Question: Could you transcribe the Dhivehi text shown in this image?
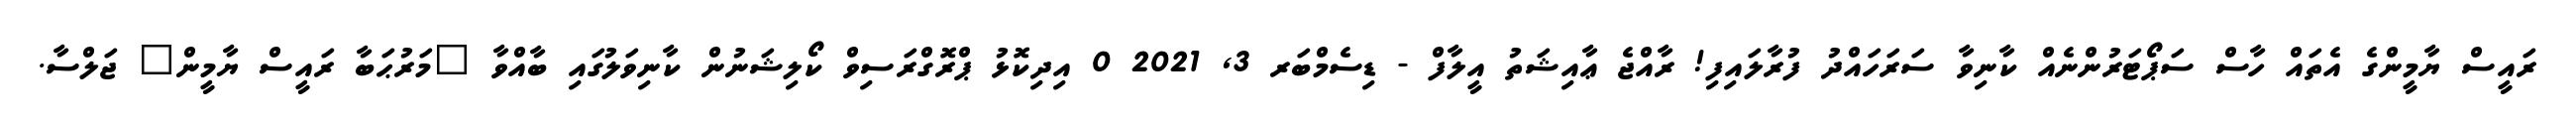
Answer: ރައީސް ޔާމީންގެ އެތައް ހާސް ސަޕޯޓަރުންނެއް ކާނިވާ ސަރަހައްދު ފުރާލައިފި! ރާއްޖެ ޢާއިޝަތު އީލާފް - ޑިސެމްބަރ 3, 2021 0 އިދިކޮޅު ޕްރޮގްރަސިވް ކޯލިޝަނުން ކާނިވަލުގައި ބާއްވާ "މަރުޙަބާ ރައީސް ޔާމީން" ޖަލްސާ.